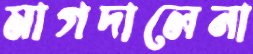
মাগদালেনা